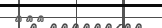
١٢٨